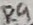
Text: R9